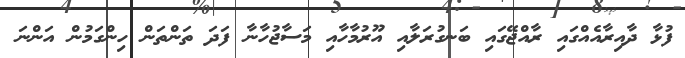
ފުޅާ ދާއިރާއެއްގައި ރާއްޖޭގައި ބަނގުރަލާއި އޫރުމާހާއި މަސާޖުހާނާ ފަދަ ތަންތަން ހިންގަމުން އަންނަ